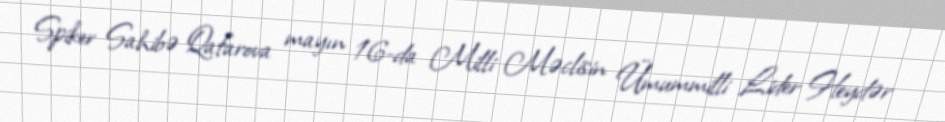
Spiker Sahibə Qafarova mayın 16-da Milli Məclisin Ümummilli Lider Heydər